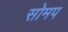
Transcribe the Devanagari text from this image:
सोमप